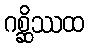
ဂစ္ဆိဿထ